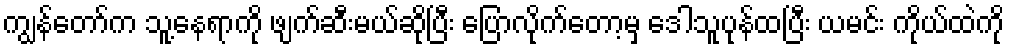
ကျွန်တော်က သူ့နေရာကို ဖျက်ဆီးမယ်ဆိုပြီး ပြောလိုက်တော့မှ ဒေါသူပုန်ထပြီး ယမင်း ကိုယ်ထဲကို